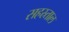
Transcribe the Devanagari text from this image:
सहस्र्ताल